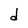
Character: d